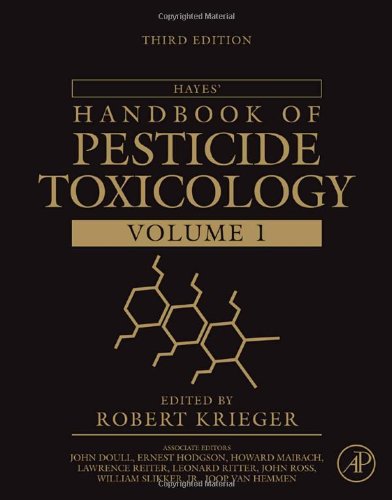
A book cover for Hayes' Handbook of Pesticide Toxicology, Third Edition; Science & Math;